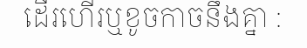
ដើរហើរឬខូចកាចនឹងគ្នា :